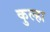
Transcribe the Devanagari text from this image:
कुल्हा